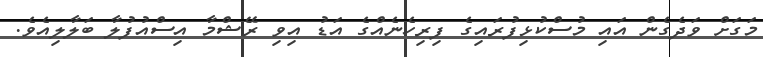
މަގަށް ވަދެގެން އައި މުސްކުޅިފުރައިގެ ފިރިހެނެއްގެ އަޑު އިވި ރޭޝްމާ އިސްއުފުލާ ބަލާލިއެވެ.